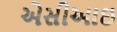
એસીઆઇ